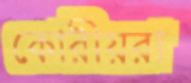
কোরীয়রা